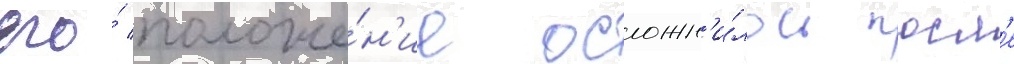
его́ положе́н'ие осложн'и́лось посл'е